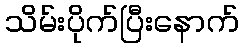
သိမ်းပိုက်ပြီးနောက်